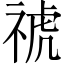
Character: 𥚚